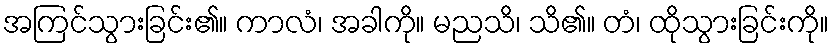
အကြင်သွားခြင်း၏။ ကာလံ၊ အခါကို။ မညသိ၊ သိ၏။ တံ၊ ထိုသွားခြင်းကို။